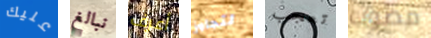
عليك نبالغ أعرف لتجاوز تعجب مصوب